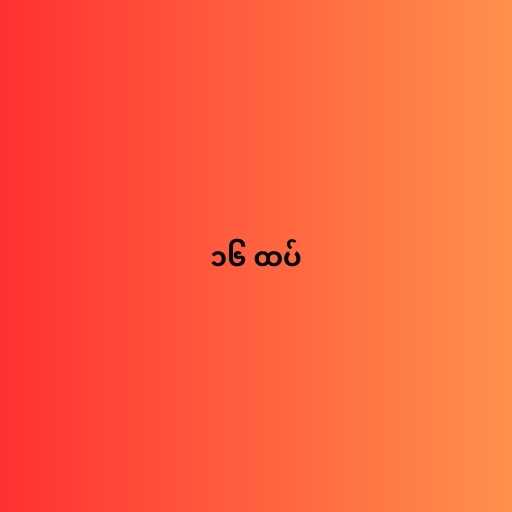
၁၆ ထပ်